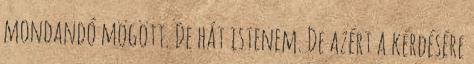
mondandó mögött. De hát istenem. De azért a kérdésére